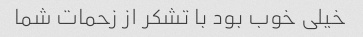
خیلی خوب بود با تشکر از زحمات شما